Indian journal of veterinary science and animal husbandry - Volumes 18-21, 1948-1951
Year: 1948
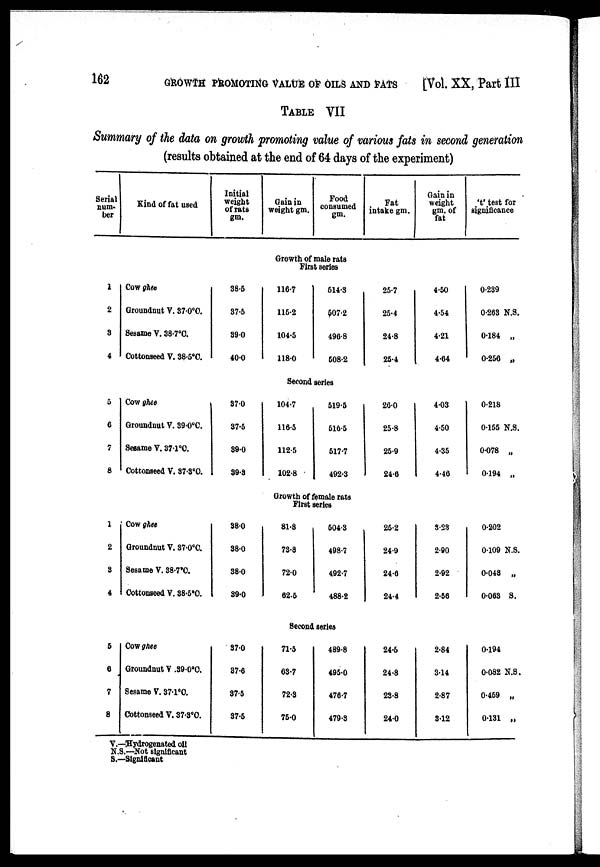
162
GROWTH PROMOTING VALUE OF OILS AND
FATS
[Vol. XX, Part III
TABLE VII
Summary of the data on growth promoting value of various fats in second generation
(results obtained at the end of 64 days of the experiment)
Serial
num-
ber
Kind of fat used
Initial
weight
of rats
gm.
Gain in
weight gm.
Food
consumed
gm.
Fat
intake gm.
Gain in
weight
gm. of
fat
't' test for
significance
Growth of male rats
First series
1
2
3
4
5
6
1
8
Cow ghee
Groundnut V. 37.0°C.
Sesame V. 38.7°C.
Cottonseed V. 38.5°C.
38.5
37.5
39.0
40.0
116.7
115.2
104.5
118.0
514.3
507.2
496.8
508.2
25.7
25.4
24.8
25.4
4.50
4.54
4.21
4.64
0.239
0.268 N.S.
0.184 „
0.256 „
Second series
Cow ghee
Groundnut V. 39.0°C.
Sesame V. 37.1°C.
Cottonseed V. 37.3°C.
37.0
37.5
39.0
39.3
104.7
116.5
112.5
102.8
519.5
516.5
517.7
492.3
26.0
25.8
25.9
24.6
4.03
4.50
4.35
4.46
0.218
0.155 N.S.
0.078 „
0.194 „
Growth of female rats
First series
1
2
3
4
Cow ghee
Groundnut V. 37.0°C.
Sesame V. 38.7°C.
Cottonseed V. 38.5°C.
38.0
38.0
38.0
39.0
81.8
73.8
72.0
62.5
504.3
498.7
492.7
488.2
25.2
24.9
24.6
24.4
3.23
2.90
2.92
2.56
0.202
0.109 N.S.
0.048 „
0.063 S.
Second series
5
6
7
8
Cow ghee
Groundnut V .39.0°C.
Sesame V. 37.1°C.
Cottonseed V. 37.3°C.
37.0
37.6
37.5
37.5
71.5
63.7
72.3
75.0
489.8
495.0
476.7
479.3
24.5
24.8
23.8
24.0
2.84
3.14
2.87
3.12
0.194
0.082 N.S.
0.459 „
0.131 „
V.—Hydrogenated oil
N.S.—Not significant
S.—Significant